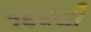
૧૬૬થી